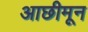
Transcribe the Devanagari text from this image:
आछीमून